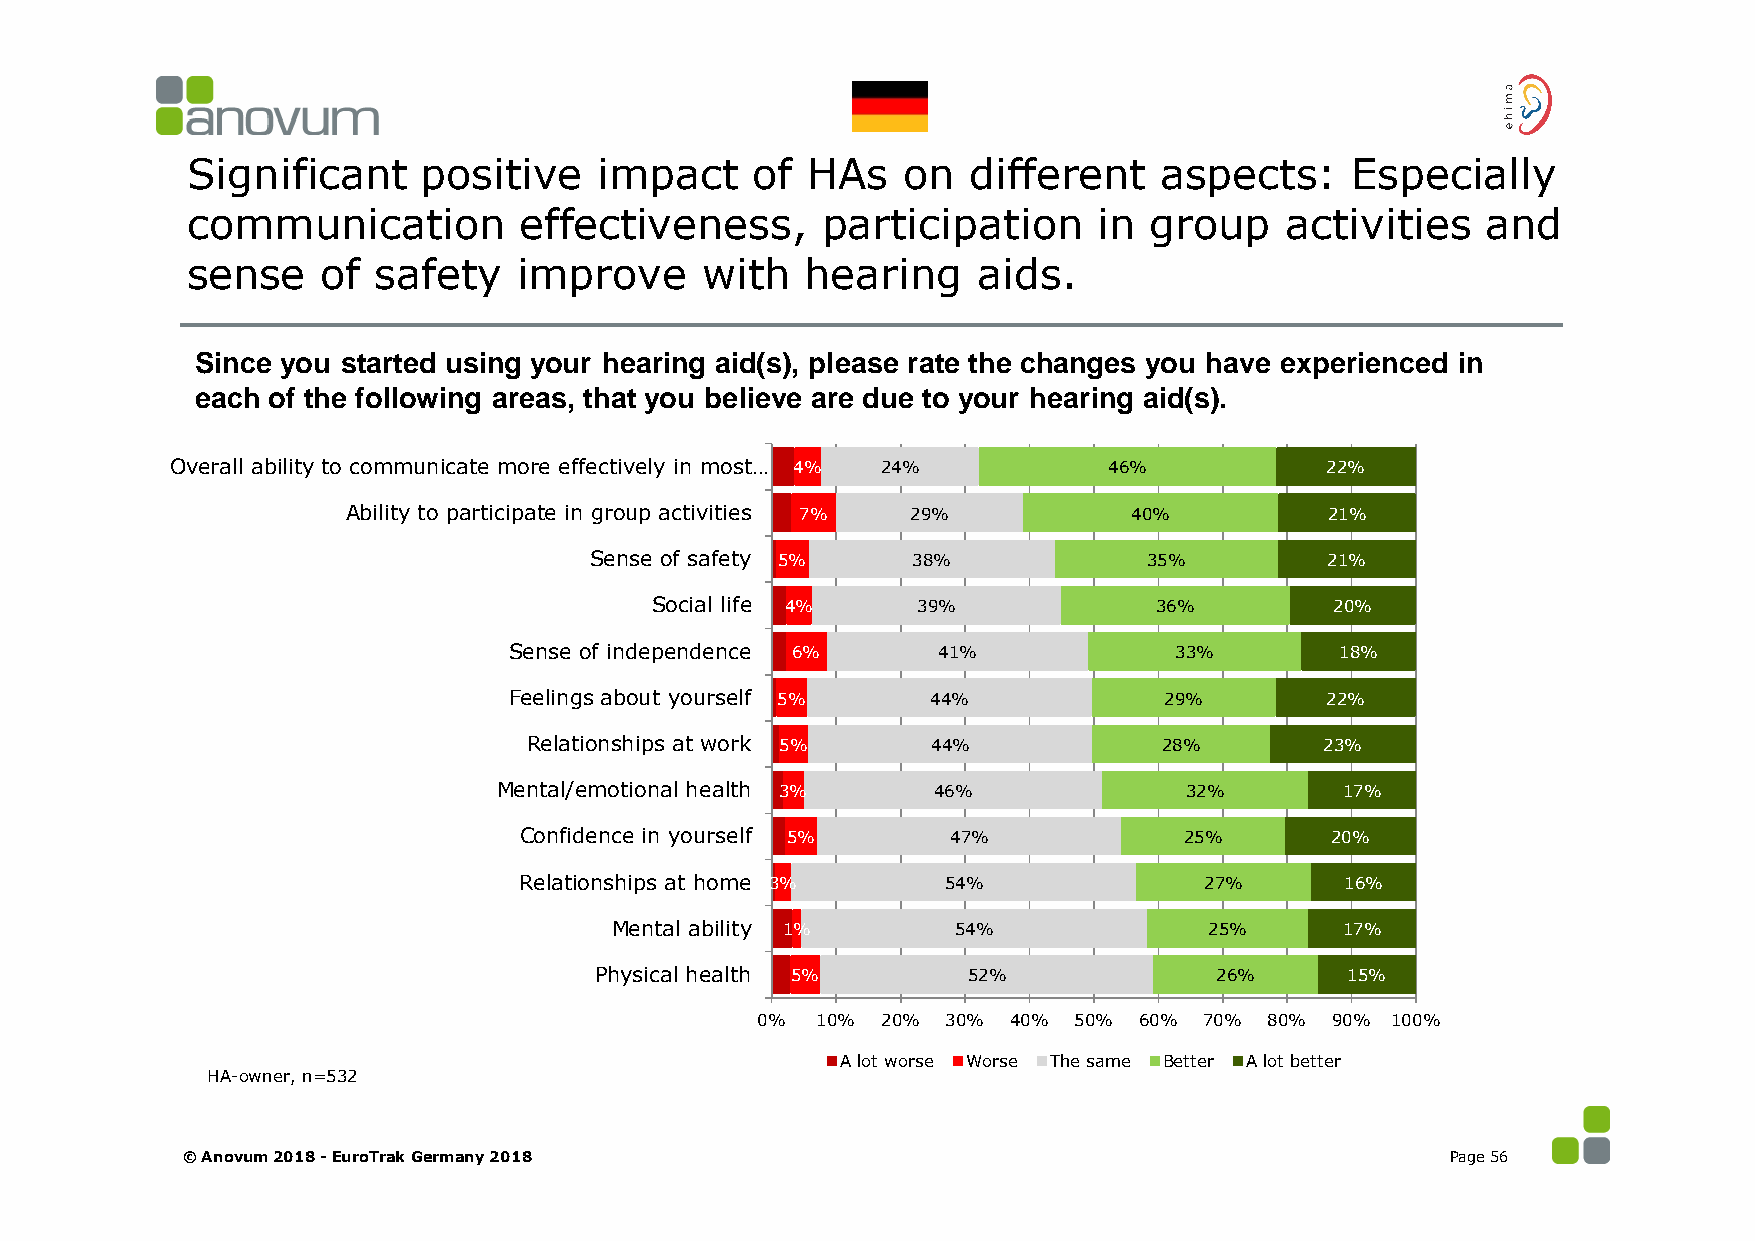
Significant     positive    impact    of HAs    on  different    aspects:    Especially
 communication         effectiveness,      participation      in group    activities   and
 sense    of  safety   improve     with   hearing     aids.
 Since you started using your hearing aid(s), please rate the changes you have experienced in
 each of the following areas, that you believe are due to your hearing aid(s).
 Overall ability to communicate more effectively in most… 4% 24% 46%          22%
 Ability to participate in group activities 7% 29%   40%          21%
 Sense of safety 5%   38%             35%         21%
 Social life 4%    39%            36%         20%
 Sense of independence 6%    41%             33%        18%
 Feelings about yourself 5%  44%            29%        22%
 Relationships at work 5%   44%            28%        23%
 Mental/emotional health 3%   46%             32%        17%
 Confidence in yourself 5%    47%            25%       20%
 Relationships at home 3%    54%               27%      16%
 Mental ability 1%      54%              25%      17%
 Physical health 5%       52%             26%      15%
 0%  10% 20%  30% 40% 50% 60%  70% 80% 90% 100%
 A lot worse Worse The same Better A lot better
 HA-owner, n=532
 © Anovum 2018 -EuroTrak Germany 2018                                                Page 56